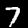
Label: 7